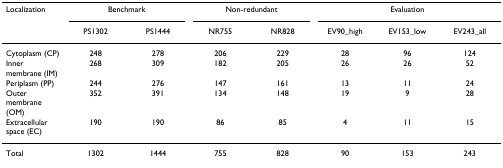
| Localization | <COLSPAN=2> Benchmark | <COLSPAN=2> Non-redundant | <COLSPAN=3> Evaluation |
 |  | PS1302 | PS1444 | NR755 | NR828 | EV90_high | EV153_low | EV243_all |
 | --- | --- | --- | --- | --- | --- | --- | --- |
 | Cytoplasm (CP) | 248 | 278 | 206 | 229 | 28 | 96 | 124 |
 | Inner membrane (IM) | 268 | 309 | 182 | 205 | 26 | 26 | 52 |
 | Periplasm (PP) | 244 | 276 | 147 | 161 | 13 | 11 | 24 |
 | Outer membrane (OM) | 352 | 391 | 134 | 148 | 19 | 9 | 28 |
 | Extracellular space (EC) | 190 | 190 | 86 | 85 | 4 | 11 | 15 |
 | Total | 1302 | 1444 | 755 | 828 | 90 | 153 | 243 |